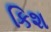
કિશ